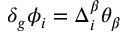
\delta _ { g } \phi _ { i } = \Delta _ { i } ^ { \beta } \theta _ { \beta }